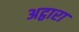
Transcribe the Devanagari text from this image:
अट्ठारा